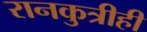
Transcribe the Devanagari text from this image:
रानकुत्रीही